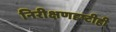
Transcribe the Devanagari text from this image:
निरीक्षणदृष्टीही